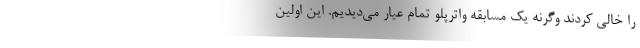
را خالی کردند وگرنه یک مسابقه واترپلو تمام عیار می‌دیدیم. این اولین